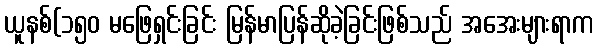
ယူနစ်(၁၅၀ မဖြေရှင်းခြင်း မြန်မာပြန်ဆိုခဲ့ခြင်းဖြစ်သည် အအေးများရာက